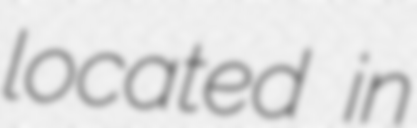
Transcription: located in